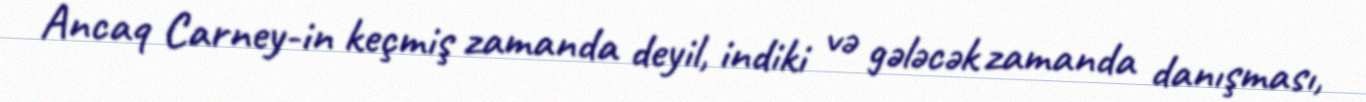
Ancaq Carney-in keçmiş zamanda deyil, indiki və gələcək zamanda danışması,